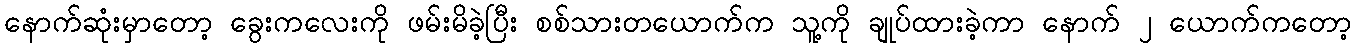
နောက်ဆုံးမှာတော့ ခွေးကလေးကို ဖမ်းမိခဲ့ပြီး စစ်သားတယောက်က သူ့ကို ချုပ်ထားခဲ့ကာ နောက် ၂ ယောက်ကတော့